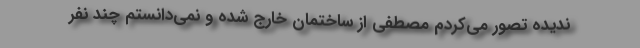
ندیده تصور می‌کردم مصطفی از ساختمان خارج شده و نمی‌دانستم چند نفر